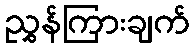
ညွှန်ကြားချက်